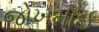
જોખમાઈ